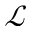
\mathcal { L }